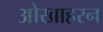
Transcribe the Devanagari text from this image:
ओखाहरन